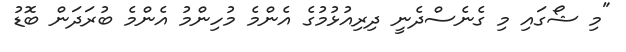
"މި ޝޯގައި މި ގެނެސްދެނީ ދިރިއުޅުމުގެ އެންމެ މުހިންމު އެންމެ ބުރަދަން ބޮޑު